Report on malaria in the Punjab during the year ...  together with an account of the work of the Punjab Malaria Bureau - Volume 5
Disease focus: Malaria
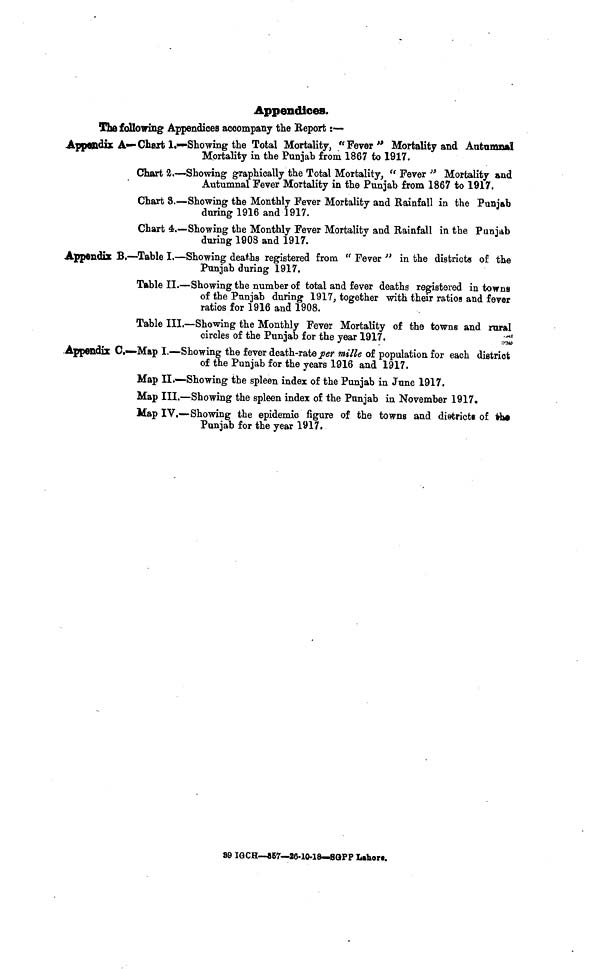
Appendices.
The following Appendices accompany the Report :—
Appendix A— Chart 1.—Showing the Total Mortality, " Fever " Mortality and Autumnal
Mortality in the Punjah from 1867 to 1917.
Chart 2.—Showing graphically the Total Mortality, " Fever " Mortality and
Autumnal Fever Mortality in the Punjab from 1867 to 1917.
Chart 8.—Showing the Monthly Fever Mortality and Rainfall in the Punjab
during 1916 and 1917.
Chart 4..—Showing the Monthly Fever Mortality and Rainfall in the Punjab
during 1908 and 1917.
Appendix B.—Table I.—Showing deaths registered from " Fever " in the district« of the
Punjab during 1917.
Table II.—Showing the number of total and fever deaths registered in towns
of the Punjab during 1917, together with their ratios and fever
ratios for 1916 and 1908.
Table III.—Showing the Monthly Fever Mortality of the towns and rural
circles of the Punjab for the year 1917.
Appendix C,—Map I.—Showing the fever death-rate per mille of population for each district
of the Punjab for the years 1916 and 1917.
Map II.—Showing the spleen index of the Punjab in June 1917.
Map III.—Showing the spleen index of the Punjab in November 1917.
Map IV,—Showing the epidemic figure of the towns and districts of the
Punjab for the year 1917.